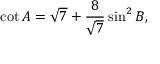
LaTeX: \cot A = { \sqrt { 7 } } + { \frac { 8 } { \sqrt { 7 } } } \sin ^ { 2 } B ,